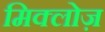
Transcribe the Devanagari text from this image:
मिक्लोज़